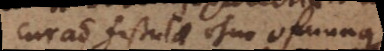
Curatio fistulae ohne ofnung